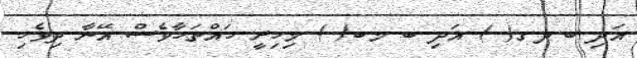
އަދި ބ.ދ.ގ( ) އަދި ބ.މ.ބ( ) މިހިރީ ހައްތަހާވެސް އޭނާ ދިވެހި